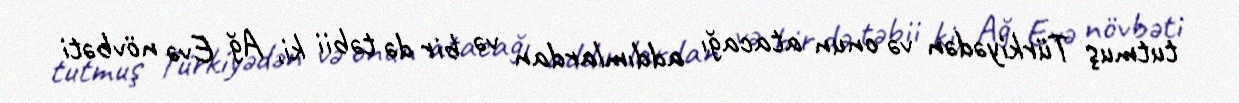
tutmuş Türkiyədən və onun atacağı addımlardan və bir də təbii ki, Ağ Evə növbəti